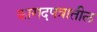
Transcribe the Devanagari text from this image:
कागदपत्रातील